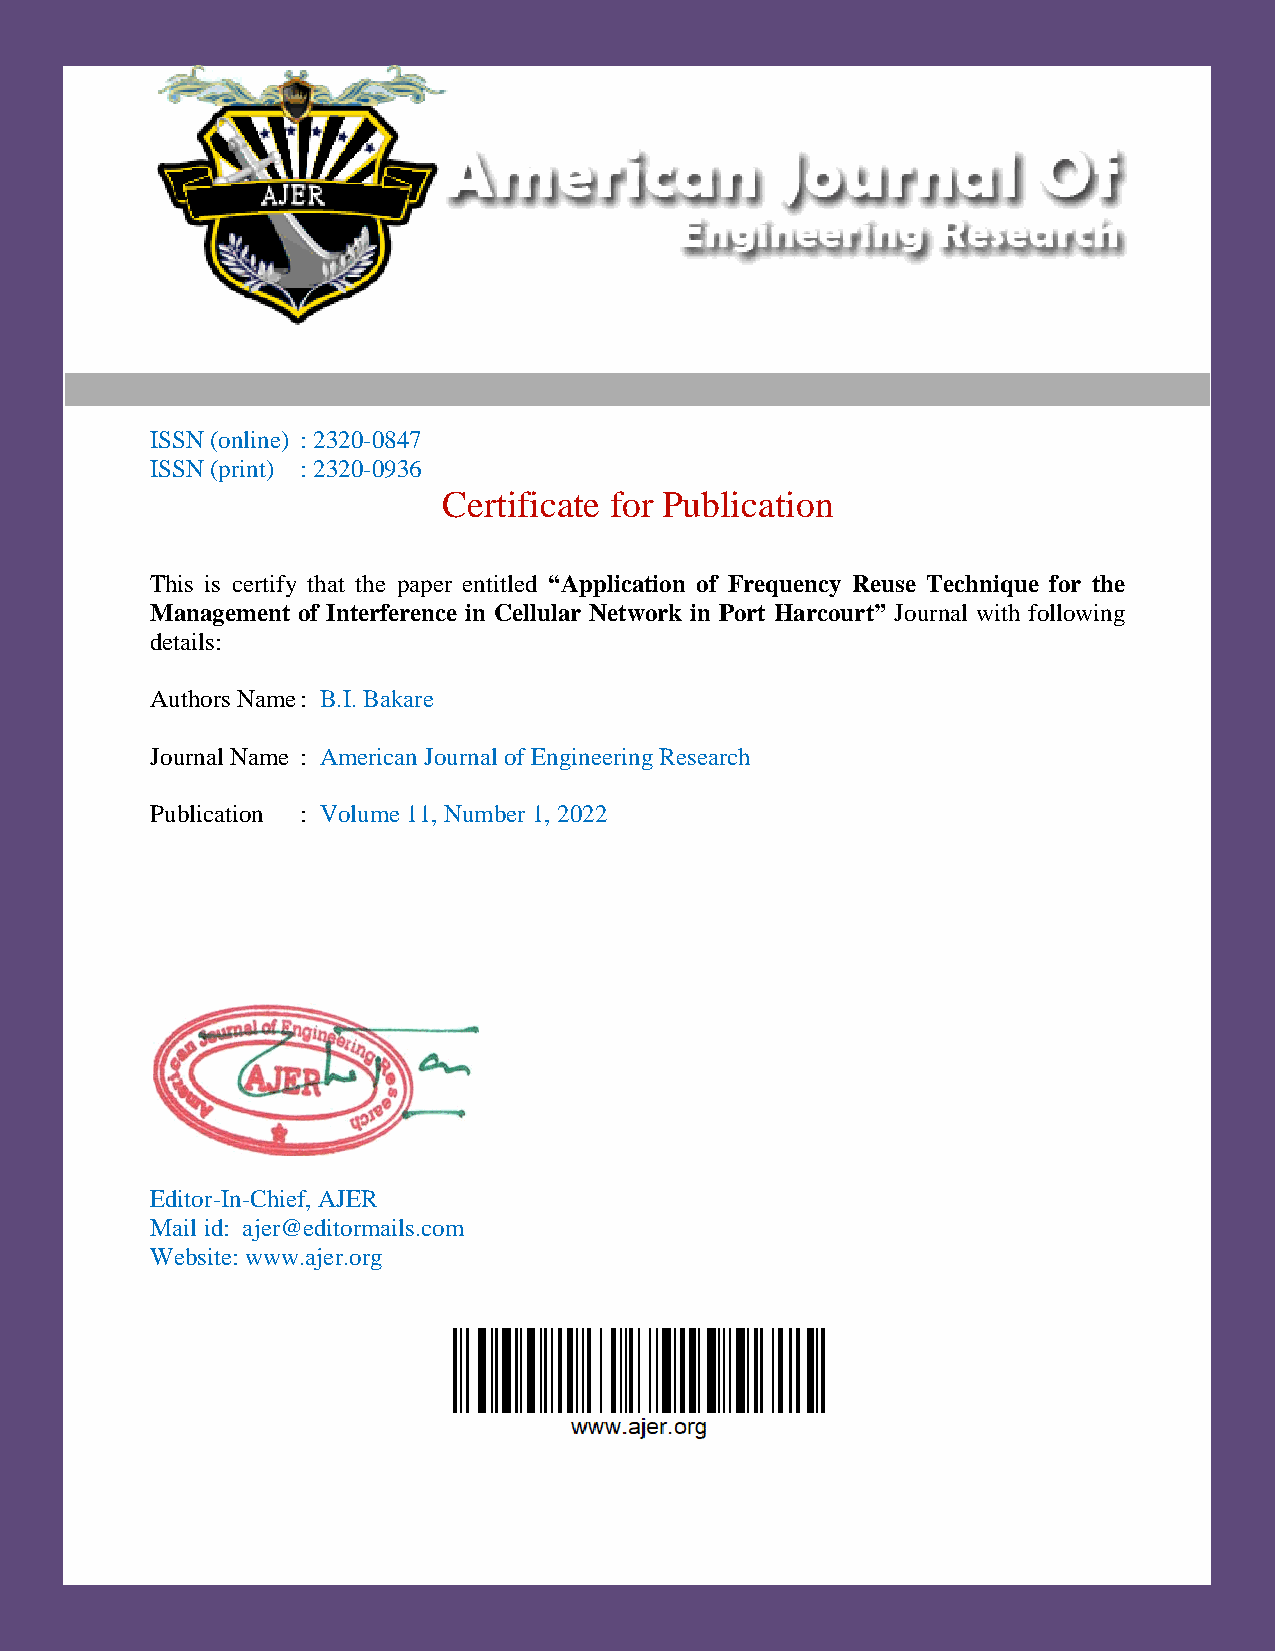
ISSN (online) : 2320-0847
 ISSN (print) : 2320-0936
 Certificate for Publication
 This is certify that the paper entitled “Application of Frequency Reuse Technique for the
 Management of Interference in Cellular Network in Port Harcourt” Journal with following
 details:
 Authors Name : B.I. Bakare
 Journal Name : American Journal of Engineering Research
 Publication : Volume 11, Number 1, 2022
 Editor-In-Chief, AJER
 Mail id: ajer@editormails.com
 Website: www.ajer.org